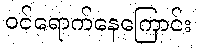
ဝင်ရောက်နေကြောင်း